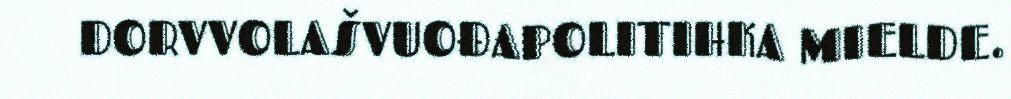
DORVVOLAŠVUOĐAPOLITIHKA MIELDE.